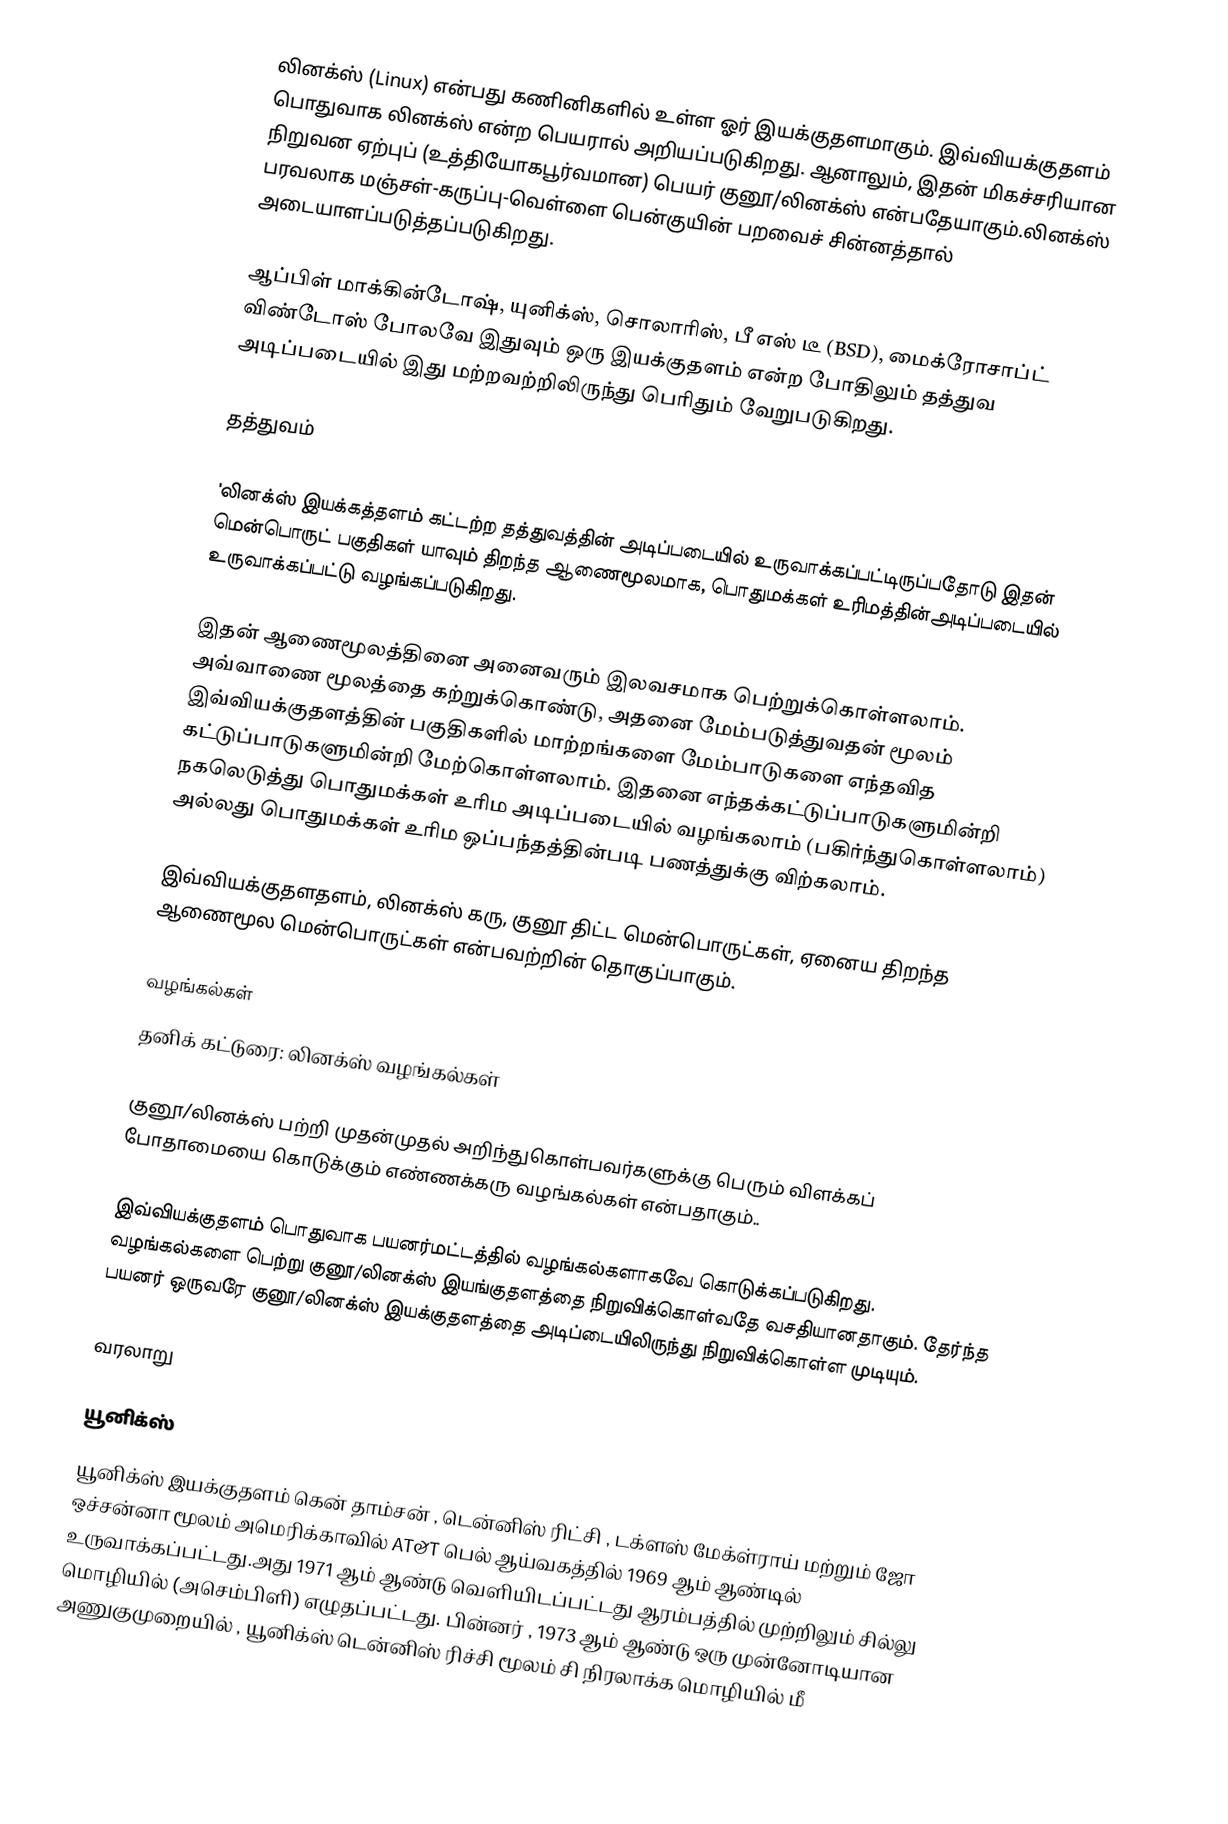
லினக்ஸ் (Linux) என்பது கணினிகளில் உள்ள ஓர் இயக்குதளமாகும். இவ்வியக்குதளம் பொதுவாக லினக்ஸ் என்ற பெயரால் அறியப்படுகிறது. ஆனாலும், இதன் மிகச்சரியான நிறுவன ஏற்புப் (உத்தியோகபூர்வமான) பெயர் குனூ/லினக்ஸ் என்பதேயாகும்.லினக்ஸ் பரவலாக மஞ்சள்-கருப்பு-வெள்ளை பென்குயின் பறவைச் சின்னத்தால் அடையாளப்படுத்தப்படுகிறது.

ஆப்பிள் மாக்கின்டோஷ், யுனிக்ஸ், சொலாரிஸ், பீ எஸ் டீ (BSD), மைக்ரோசாப்ட் விண்டோஸ் போலவே இதுவும் ஒரு இயக்குதளம் என்ற போதிலும் தத்துவ அடிப்படையில் இது மற்றவற்றிலிருந்து பெரிதும் வேறுபடுகிறது.

தத்துவம்

'லினக்ஸ் இயக்கத்தளம் கட்டற்ற தத்துவத்தின் அடிப்படையில் உருவாக்கப்பட்டிருப்பதோடு இதன் மென்பொருட் பகுதிகள் யாவும் திறந்த ஆணைமூலமாக, பொதுமக்கள் உரிமத்தின்அடிப்படையில் உருவாக்கப்பட்டு வழங்கப்படுகிறது.

இதன் ஆணைமூலத்தினை அனைவரும் இலவசமாக பெற்றுக்கொள்ளலாம். அவ்வாணை மூலத்தை கற்றுக்கொண்டு, அதனை மேம்படுத்துவதன் மூலம் இவ்வியக்குதளத்தின் பகுதிகளில் மாற்றங்களை மேம்பாடுகளை எந்தவித கட்டுப்பாடுகளுமின்றி மேற்கொள்ளலாம். இதனை எந்தக்கட்டுப்பாடுகளுமின்றி நகலெடுத்து பொதுமக்கள் உரிம அடிப்படையில் வழங்கலாம் (பகிர்ந்துகொள்ளலாம்) அல்லது பொதுமக்கள் உரிம ஒப்பந்தத்தின்படி பணத்துக்கு விற்கலாம்.

இவ்வியக்குதளதளம், லினக்ஸ் கரு, குனூ திட்ட மென்பொருட்கள், ஏனைய திறந்த ஆணைமூல மென்பொருட்கள் என்பவற்றின் தொகுப்பாகும்.

வழங்கல்கள்
தனிக் கட்டுரை: லினக்ஸ் வழங்கல்கள்

குனூ/லினக்ஸ் பற்றி முதன்முதல் அறிந்துகொள்பவர்களுக்கு பெரும் விளக்கப் போதாமையை கொடுக்கும் எண்ணக்கரு வழங்கல்கள் என்பதாகும்..

இவ்வியக்குதளம் பொதுவாக பயனர்மட்டத்தில் வழங்கல்களாகவே கொடுக்கப்படுகிறது. வழங்கல்களை பெற்று குனூ/லினக்ஸ் இயங்குதளத்தை நிறுவிக்கொள்வதே வசதியானதாகும். தேர்ந்த பயனர் ஒருவரே குனூ/லினக்ஸ் இயக்குதளத்தை அடிப்டையிலிருந்து நிறுவிக்கொள்ள முடியும்.

வரலாறு

யூனிக்ஸ்
யூனிக்ஸ் இயக்குதளம் கென் தாம்சன் , டென்னிஸ் ரிட்சி , டக்ளஸ் மேக்ள்ராய் மற்றும் ஜோ ஒச்சன்னா மூலம் அமெரிக்காவில் AT&T பெல் ஆய்வகத்தில் 1969 ஆம் ஆண்டில் உருவாக்கப்பட்டது.அது 1971 ஆம் ஆண்டு வெளியிடப்பட்டது ஆரம்பத்தில் முற்றிலும் சில்லு மொழியில் (அசெம்பிளி) எழுதப்பட்டது. பின்னர் , 1973 ஆம் ஆண்டு ஒரு முன்னோடியான அணுகுமுறையில் , யூனிக்ஸ் டென்னிஸ் ரிச்சி மூலம் சி நிரலாக்க மொழியில் மீ